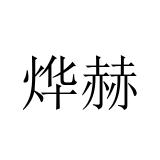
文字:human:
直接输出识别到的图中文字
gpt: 烨赫